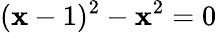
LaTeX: (\mathbf{x}-1)^{2}-\mathbf{x}^{2}=0